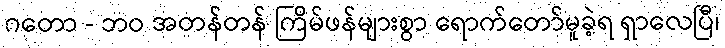
ဂတော - ဘဝ အတန်တန် ကြိမ်ဖန်များစွာ ရောက်တော်မူခဲ့ရ ရှာလေပြီ၊